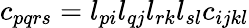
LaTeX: c_{pqrs}=l_{pi}l_{qj}l_{rk}l_{sl}c_{ijkl}